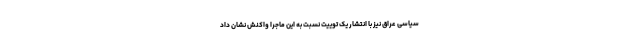
سیاسی عراق نیز با انتشار یک توییت نسبت به این ماجرا واکنش نشان داد